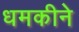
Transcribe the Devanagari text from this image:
धमकीने